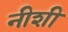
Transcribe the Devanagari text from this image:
नीशी